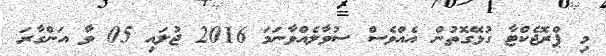
މި ޕްރޮޖެކްޓާ ގުޅޭގޮތުން އެއްވެސް ސުވާލެއްވާނަމަ 2016 ޖުލައި 05 ވާ އަންގާރަ